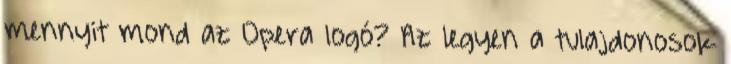
mennyit mond az Opera logó? Az legyen a tulajdonosok